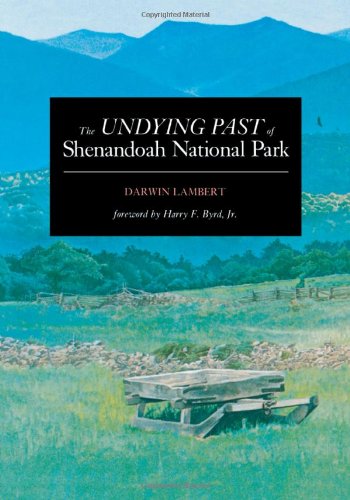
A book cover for The Undying Past of Shenandoah National Park; Darwin Lambert; Travel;